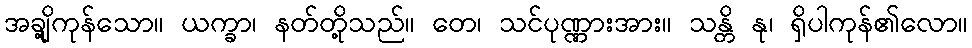
အချို့ကုန်သော။ ယက္ခာ၊ နတ်တို့သည်။ တေ၊ သင်ပုဏ္ဏားအား။ သန္တိ နု၊ ရှိပါကုန်၏လော။